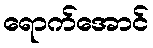
ရောက်အောင်